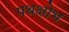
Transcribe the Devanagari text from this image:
पथक्षोभ